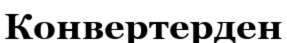
Конвертерден